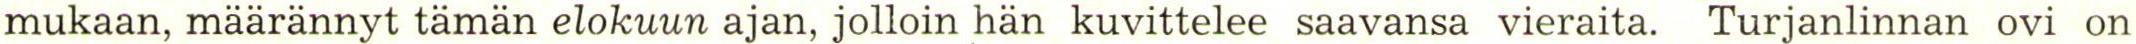
mukaan, määrännyt tämän elokuun ajan, jolloin hän kuvittelee saavansa vieraita. Turjanlinnan ovi on